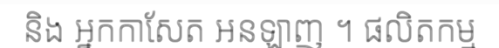
និង អ្នកកាសែត អនឡាញ ។ ផលិតកម្ម